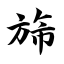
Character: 旆